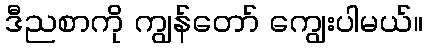
ဒီညစာကို ကျွန်တော် ကျွေးပါမယ်။